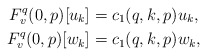
\begin{align*}F^q_v(0,p)[u_k] &= c_1(q,k,p) u_k,\\F^q_v(0,p)[w_k] &= c_1(q,k,p) w_k,\end{align*}